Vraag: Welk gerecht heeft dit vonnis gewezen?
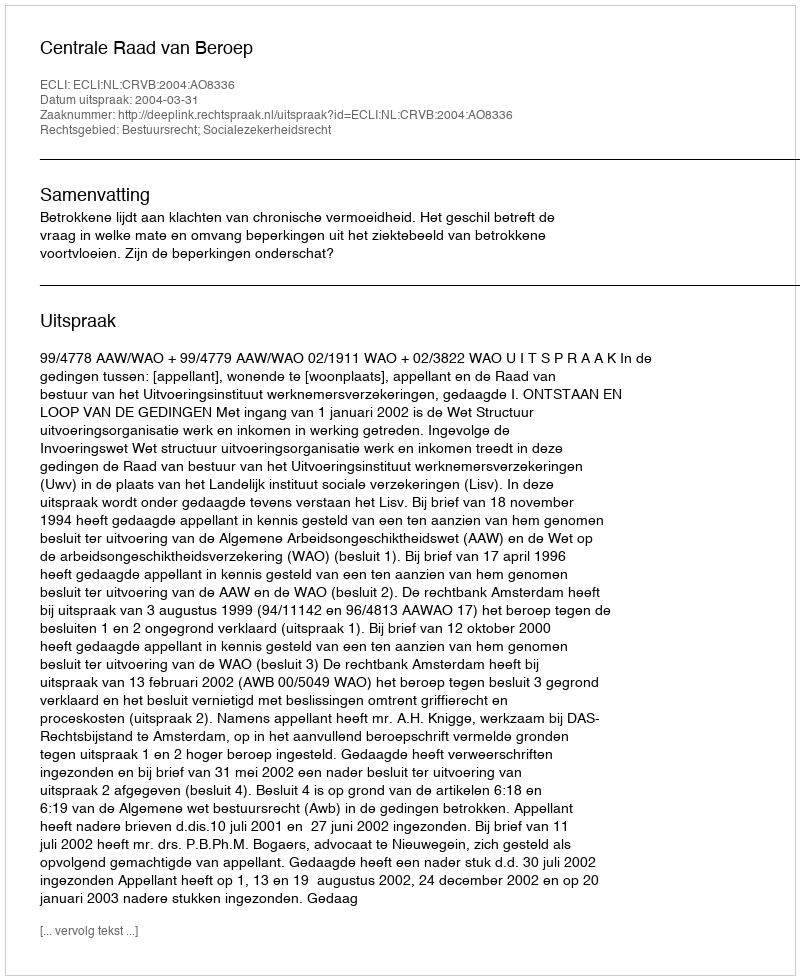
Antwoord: Centrale Raad van Beroep